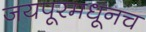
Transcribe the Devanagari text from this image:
जयपूरमधूनच